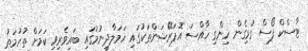
ޓާސްކް ފޯސް ގުޅިގެން ހިންގި ހާއްސަ އޮޕަރޭޝަންތަކުގައި ހަމަލާދިނުމުގައި ބައިވެރިވި ކަމަށް ތުހުމަތު